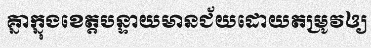
គ្នាក្នុងខេត្តបន្ទាយមានជ័យដោយតម្រូវឲ្យ